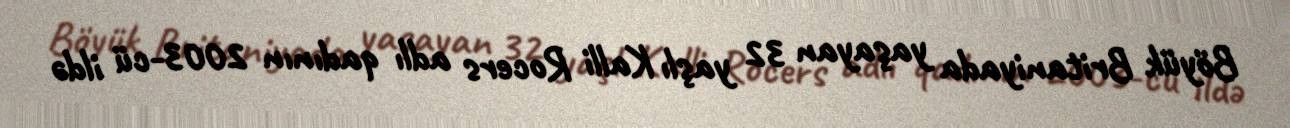
Böyük Britaniyada yaşayan 32 yaşlı Kalli Rocers adlı qadının 2003-cü ildə